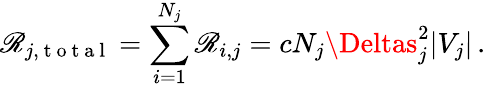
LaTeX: \mathscr{R}_{j,\mathrm{{~t~o~t~a~l~}}}=\sum_{i=1}^{N_{j}}\mathscr{R}_{i,j}=cN_{j}\Deltas_{j}^{2}|V_{j}|\, .